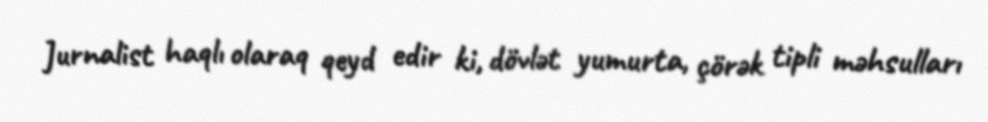
Jurnalist haqlı olaraq qeyd edir ki, dövlət yumurta, çörək tipli məhsulları